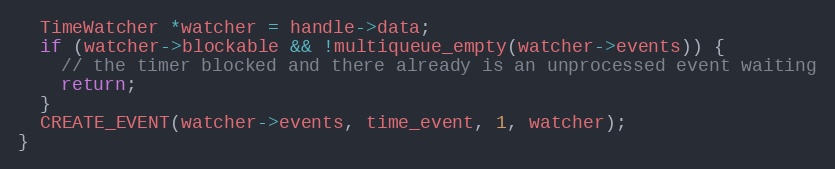
Language: C
  TimeWatcher *watcher = handle->data;
  if (watcher->blockable && !multiqueue_empty(watcher->events)) {
    // the timer blocked and there already is an unprocessed event waiting
    return;
  }
  CREATE_EVENT(watcher->events, time_event, 1, watcher);
}